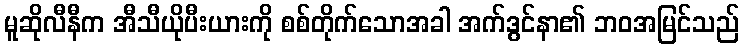
မူဆိုလီနီက အီသီယိုပီးယားကို စစ်တိုက်သောအခါ အက်ဒွင်နာ၏ ဘဝအမြင်သည်